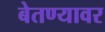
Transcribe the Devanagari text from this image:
बेतण्यावर